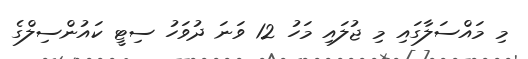
މި މައްސަލާގައި މި ޖުލައި މަހު 12 ވަނަ ދުވަހު ސިޓީ ކައުންސިލްގެ